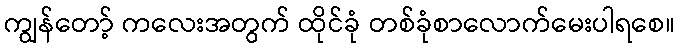
ကျွန်တော့် ကလေးအတွက် ထိုင်ခုံ တစ်ခုံစာလောက်မေးပါရစေ။